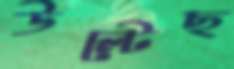
উল্‌টেছ